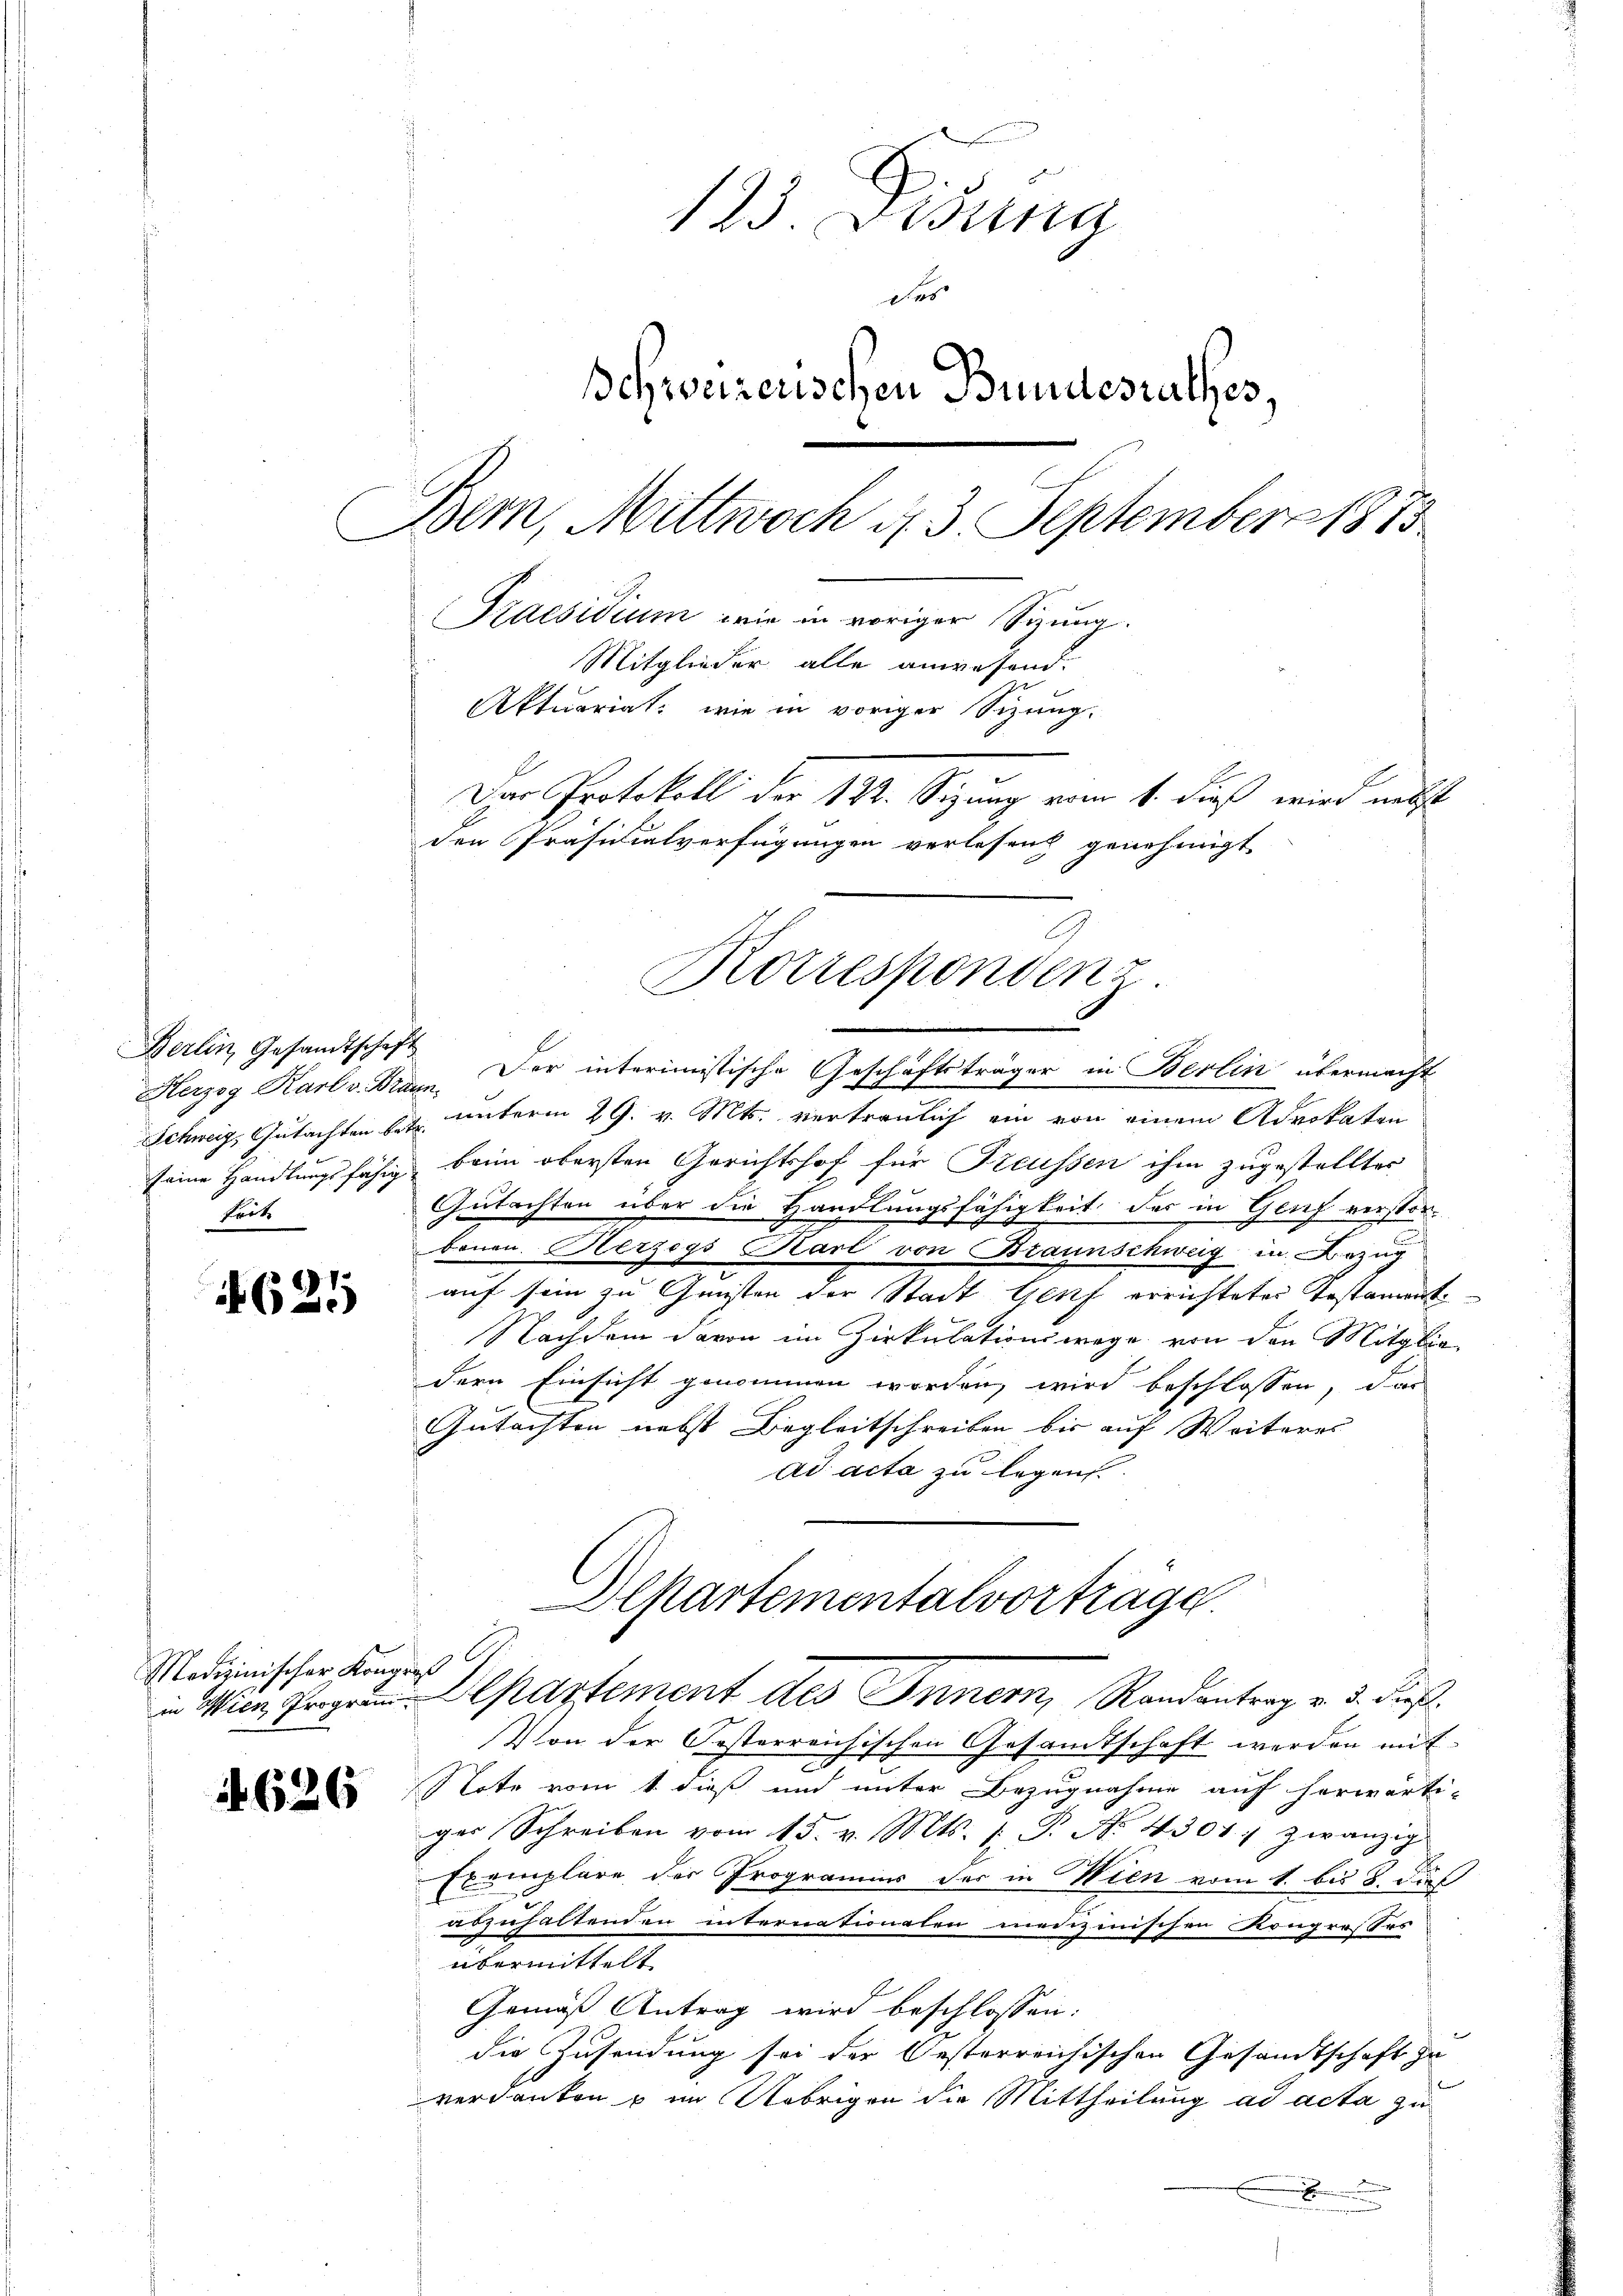
Berlin, Gesandtschaft
heit

625

Medizinischer Kongreß

626

123. Disung
das
schweizerischen Bundesrathes,
Bem, Mittwoch d. 3. September 1873
Praesidium wie in voriger Sitzung.
Mitglieder alle anwesend.
Aktuariat, wie in voriger Sizung.
Der Protokoll der 183. Sitzung vom 14. dieß wird nicht
den Präsidialverfügungen verlesen genehmigt

Herzog Karl v. Brann. Der interimistische Geschäftsträger in Berlin übermacht
Schweiz, Gutachten Er unterm 29. v. Mts. vertraulich ein von einem Advokaten
seine Handlungsfähig beim obersten Gerichtshof für Freussen ihm zugestellter
Gutachten über die Handlungsfähigkeit der in Genf verstorbauen. Herzogs Karl von Braunschweig in Bezug
auf sein zu Gunsten der Stadt Genf errichteter Testament
Nachdem davon im Zirkulationswege von den Mitglie-
dern Einsicht genommen worden, wird beschlossen, das
Gutachten nebst Begleitschreiben bis auf Weiteres
ad acta zu legen
Alkartementalvorträge.

G
Korrespondenz

in Wien, Fragen. Departement des Innern, Randantrag v. 3. dieß.

Von der Oesterreichischen Gesamtschaft werden mit
e
Note vom 1. dieß und unter Bezugnahme auf herwärti-
ger Schreiben vom 15. v. Mts. 1. P. No. 4301. zwanzige
Exemplare der Programms der in Wien vom 1. bis 8. dies
aszuhaltenden internationalen medizinischen Kongrosses
übermittelt
Gemäß Antrag wird beschlossen:
die Zusendung sei der Oesterreichischen Gesandtschaft zu
verdanken u im Übrigen die Mittheilung ad acta zu
.